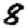
Digit: 8